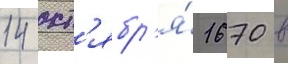
14 окт'ябр'я́ 1670 в